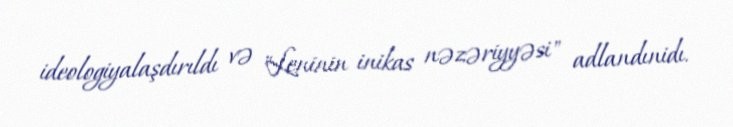
ideologiyalaşdırıldı və "Leninin inikas nəzəriyyəsi" adlandınidı.